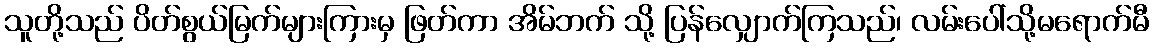
သူတို့သည် ပိတ်စွယ်မြက်များကြားမှ ဖြတ်ကာ အိမ်ဘက် သို့ ပြန်လျှောက်ကြသည်၊ လမ်းပေါ်သို့မရောက်မီ